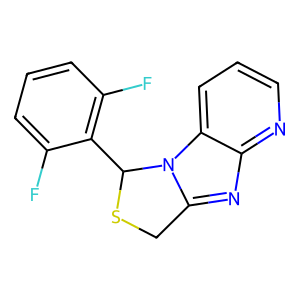
SMILES: Fc1cccc(F)c1C1SCc2nc3ncccc3n21
Inhibits HIV replication: No